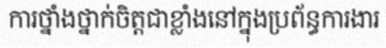
ការថ្នាំងថ្នាក់ចិត្តជាខ្លាំងនៅក្នុងប្រព័ន្ធការងារ